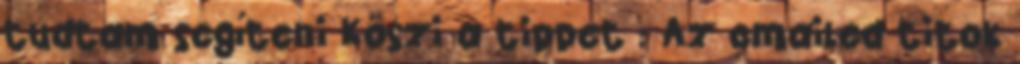
tudtam segíteni Köszi a tippet : Az emailed titok